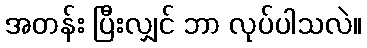
အတန်း ပြီးလျှင် ဘာ လုပ်ပါသလဲ။